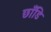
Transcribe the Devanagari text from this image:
छाँडि